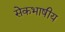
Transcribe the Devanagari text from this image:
सेेकभाषीय